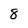
Character: 8